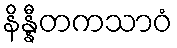
နိန္နီတကသာဝံ